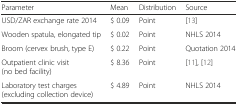
| Parameter | Mean | Distribution | Source |
 | --- | --- | --- | --- |
 | USD/ZAR exchange rate 2014 | $ 0.09 | Point | [13] |
 | Wooden spatula, elongated tip | $ 0.02 | Point | NHLS 2014 |
 | Broom (cervex brush, type E) | $ 0.22 | Point | Quotation 2014 |
 | Outpatient clinic visit (no bed facility) | $ 8.36 | Point | [11], [12] |
 | Laboratory test charges (excluding collection device) | $ 4.89 | Point | NHLS 2014 |